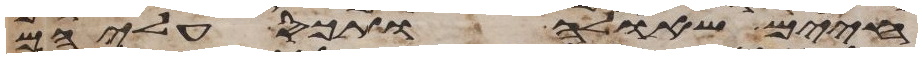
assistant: חיים שאלה ותכס עליהם